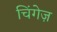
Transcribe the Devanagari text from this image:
चिंगेज़